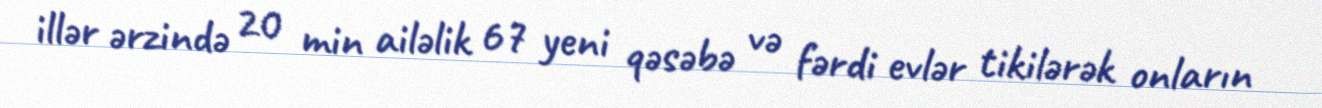
illər ərzində 20 min ailəlik 67 yeni qəsəbə və fərdi evlər tikilərək onların